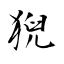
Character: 猊